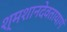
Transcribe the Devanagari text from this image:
श्मशानदेवतायागं